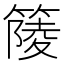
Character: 䉄